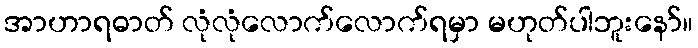
အာဟာရဓာတ် လုံလုံလောက်လောက်ရမှာ မဟုတ်ပါဘူးနော်။